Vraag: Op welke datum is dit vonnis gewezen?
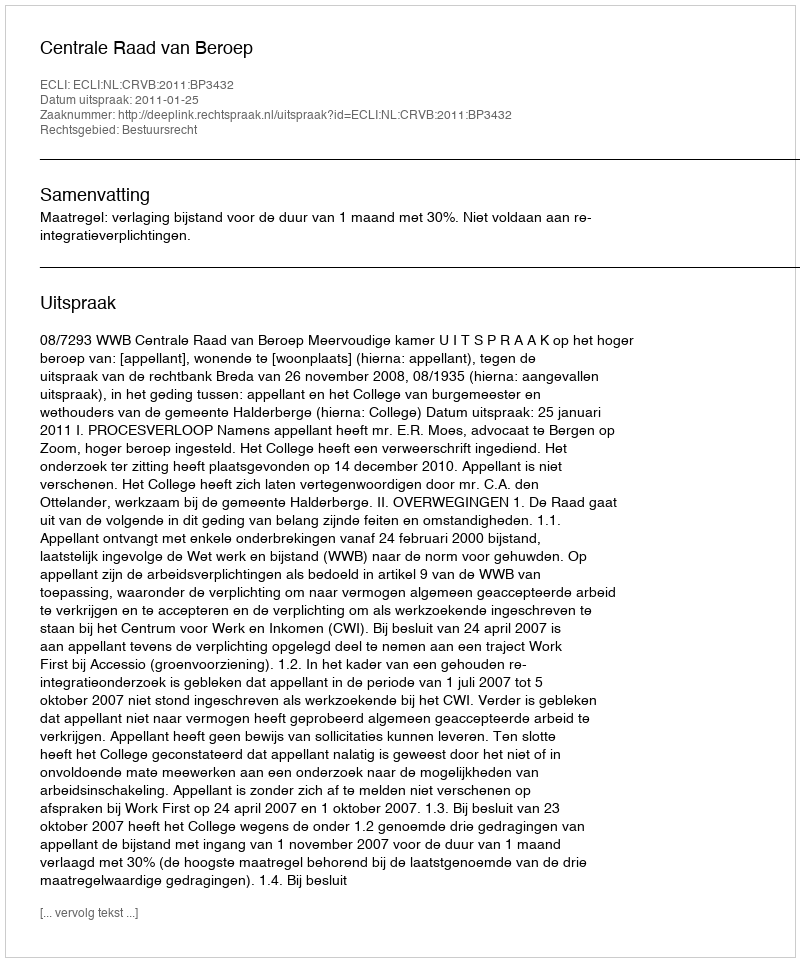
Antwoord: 2011-01-25